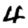
Digit: 4